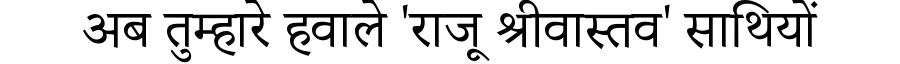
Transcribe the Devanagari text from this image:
अब तुम्हारे हवाले 'राजू श्रीवास्तव' साथियों